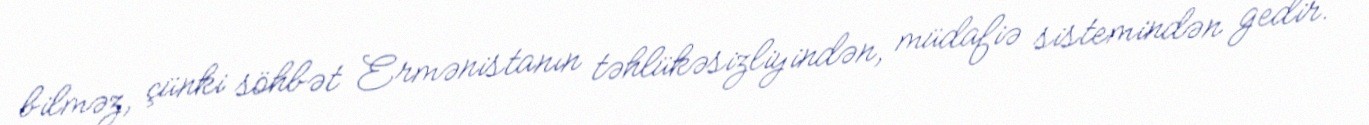
bilməz, çünki söhbət Ermənistanın təhlükəsizliyindən, müdafiə sistemindən gedir.